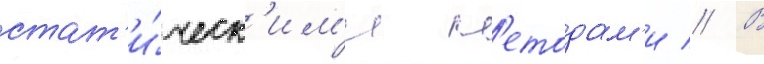
стат'и́ческ'им'и м'етодам'и // В